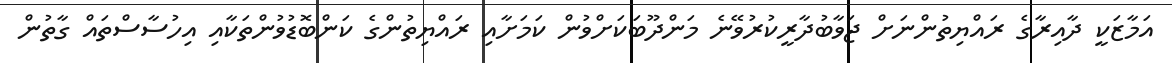
އަމާޒަކީ ދާއިރާގެ ރައްޔިތުންނަށް ޖަވާބުދާރީކުރުވޭނެ މަންދޫބަކަށްވުން ކަމަށާއި ރައްޔިތުންގެ ކަންބޮޑުވުންތަކާއި އިހުސާސްތައް ގާތުން